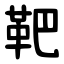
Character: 靶